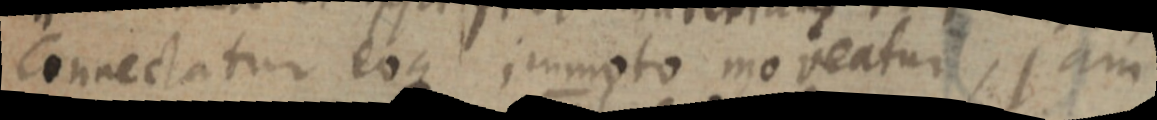
Connectatur eoque immoto moveatur, jam